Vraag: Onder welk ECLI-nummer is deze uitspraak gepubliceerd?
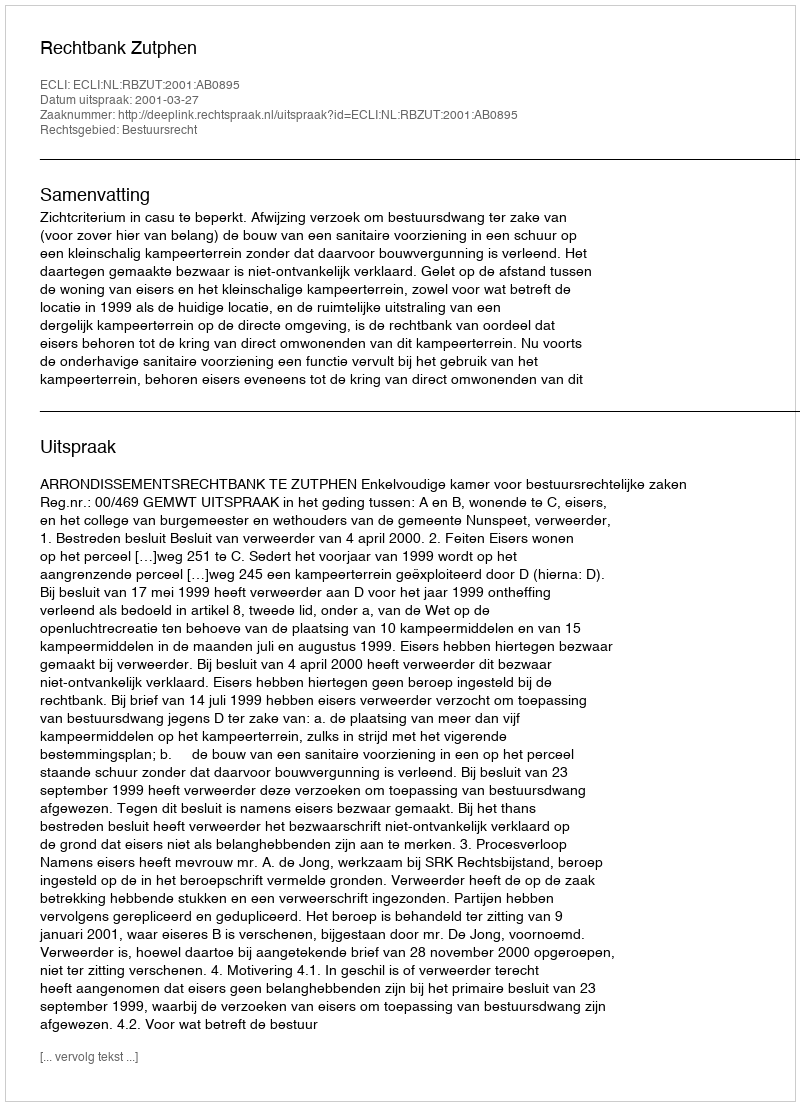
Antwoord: ECLI:NL:RBZUT:2001:AB0895